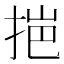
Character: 𭠼